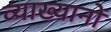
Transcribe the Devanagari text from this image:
व्‍याख्‍यानों